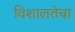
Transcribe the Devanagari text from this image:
विशालतेचा